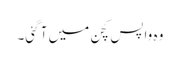
وہ واپس کچن میں آ گئی۔